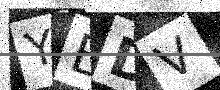
Text: YBDV